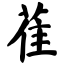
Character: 萑